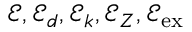
\mathcal { E } , \mathcal { E } _ { d } , \mathcal { E } _ { k } , \mathcal { E } _ { Z } , \mathcal { E } _ { \mathrm { e x } }